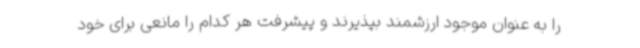
را به عنوان موجود ارزشمند بپذیرند و پیشرفت هر کدام را مانعی برای خود